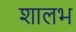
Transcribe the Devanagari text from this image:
शालभ